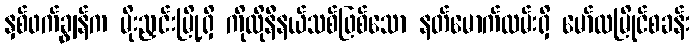
နှစ်ဖက်ချွန်က မိုးညှင်းမြို့ရှိ ကိုလိုနီနယ်သစ်ဖြစ်သော နတ်မောက်လမ်းရှိ မော်လမြိုင်စခန်း